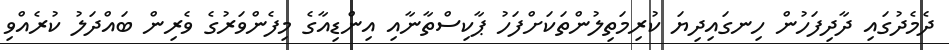
ދެމެދުގައި ދާދިފަހުން ހިނގައިދިޔަ ކުރިމަތިލުންތަކަށްފަހު ޕާކިސްތާނާއި އިންޑިއާގެ މިފެންވަރުގެ ވެރިން ބައްދަލު ކުރެއްވި